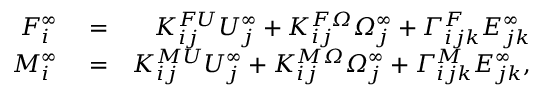
\begin{array} { r l r } { F _ { i } ^ { \infty } } & { { } = } & { K _ { i j } ^ { F U } U _ { j } ^ { \infty } + K _ { i j } ^ { F \itOmega } \itOmega _ { j } ^ { \infty } + \itGamma _ { i j k } ^ { F } E _ { j k } ^ { \infty } } \\ { M _ { i } ^ { \infty } } & { { } = } & { K _ { i j } ^ { M U } U _ { j } ^ { \infty } + K _ { i j } ^ { M \itOmega } \itOmega _ { j } ^ { \infty } + \itGamma _ { i j k } ^ { M } E _ { j k } ^ { \infty } , } \end{array}